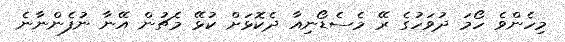
މިހެންވެ ހޯމަ ދުވަހުގެ ރޭ މެސެޑޯނިއާ ދެކޮޅަށް ކުޅޭ މެޗުން އޭނާ ނުފެންނާނެ